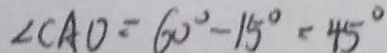
\angle C A O = 6 0 ^ { \circ } - 1 5 ^ { \circ } = 4 5 ^ { \circ }